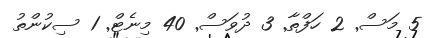
5 މަސް